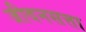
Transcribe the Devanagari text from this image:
जीवनसत्ता